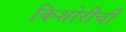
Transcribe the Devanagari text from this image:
किशोरीची